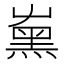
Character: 𡴦